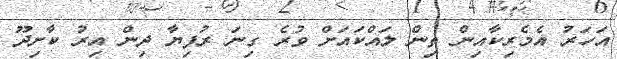
އަހަރު އެމެރިކާއިން ތިން ލައްކައަށް ވުރެ ގިނަ ރުފިޔާ ދިން އިރު ކާށިދޫ